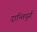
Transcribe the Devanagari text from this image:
दान्तिदुर्ग